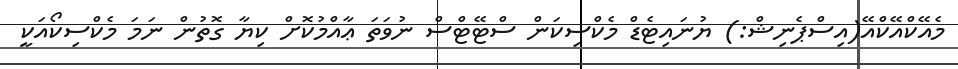
މެއޭކްއޭކްއޭ(އިސްޕެނިޝް:) ޔުނައިޓެޑް މެކްސިކަން ސްޓޭޓްސް ނުވަތަ ޢާއްމުކޮށް ކިޔާ ގޮތުން ނަމަ މެކްސިކޯއަކީ